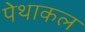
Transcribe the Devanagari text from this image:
पेथाकल